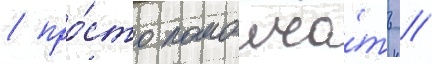
/ про́сто помолча́ть //